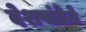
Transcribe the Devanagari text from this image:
देशपांडेने